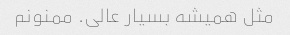
مثل همیشه بسیار عالی. ممنونم